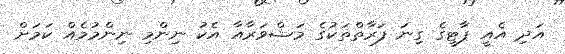
އަދި އެއީ ޕާޓީގެ ގިނަ ފަރާތްތަކުގެ މަޝްވަރާއާ އެކު ނިންމި ނިންމުމެއް ކަމަށް